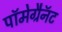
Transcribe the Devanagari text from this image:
पॉमेग्रैनॅट